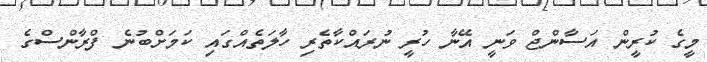
މީގެ ކުރީން އަސާންޖް ވަނީ އޭނާ ހުރީ ނުރައްކާތެރި ހާލަތެއްގައި ކަމަށްބުނެ ފްރާންސްގެ